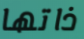
ذاتها